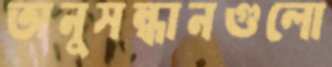
অনুসন্ধানগুলো